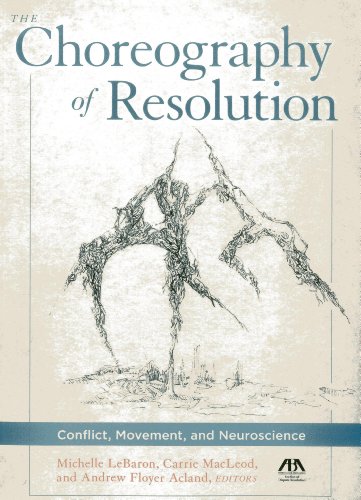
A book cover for The Choreography of Resolution: Conflict, Movement, and Neuroscience; Michelle LeBaron; Law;